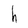
Character: h